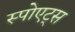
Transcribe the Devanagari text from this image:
स्पोएट्स